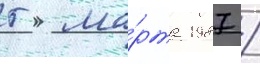
5 ма́рта 1987 /